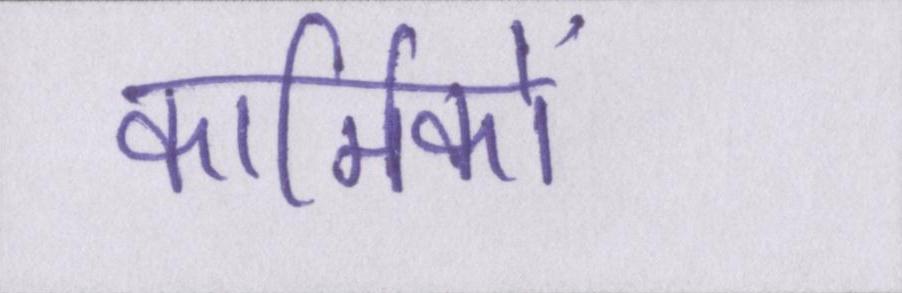
कार्मिकों